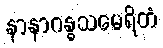
နာနာဂန္ဓသမေရိတံ